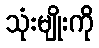
သုံးမျိုးကို